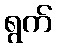
ရွက်